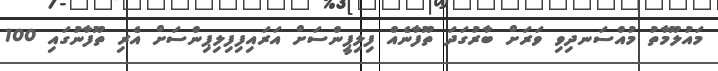
މައުލޫމާތު މުއްސަނދިވި ވަރަށް ބާރުގަދަ ތޫފާނެއް ފިލިޕީންސަށް އަރައިފިފިލިޕިންސަށް އެރި ތޫފާނުގައި 100